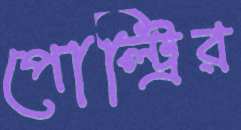
পোল্ট্রির